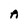
Character: A